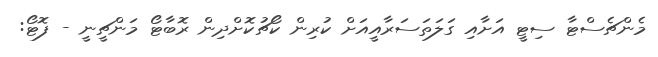
މެންޗެސްޓާ ސިޓީ އަށާއި ގަލަތަސަރާއީއަށް ކުރިން ކޯޗުކޮށްދިން ރޮބާޓޯ މަންޗީނީ - ފޮޓޯ: